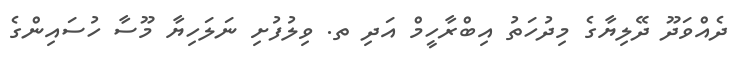
ދެއްވަދޫ ދޭލިޔާގެ މިދުހަތު އިބްރާހީމް އަދި ތ. ވިލުފުށި ނަލަހިޔާ މޫސާ ހުސައިންގެ